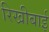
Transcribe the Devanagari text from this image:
रिखीबाई